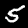
Label: 5